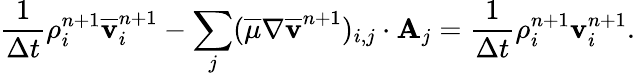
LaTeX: \frac{1}{\Delta t}\rho_{i}^{n+1}\overline{{\mathbf v}}_{i}^{n+1}-\sum_{j}(\overline{{\mu}}\nabla\overline{{\mathbf v}}^{n+1})_{i,j}\cdot\textbf{A}_{j}=\frac{1}{\Delta t}\rho_{i}^{n+1}{\mathbf v}_{i}^{n+1}.